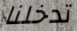
تدخلنا